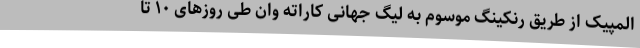
المپیک از طریق رنکینگ موسوم به لیگ جهانی کاراته وان طی روزهای ۱۰ تا